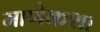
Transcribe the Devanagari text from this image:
माणेकशा